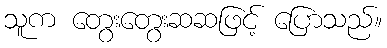
သူက တွေးတွေးဆဆဖြင့် ပြောသည်။